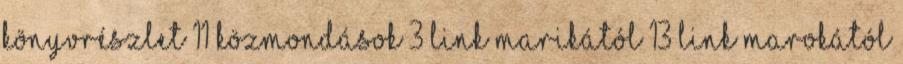
könyvrészlet 11 közmondások 3 link Marikától 13 link Marokától